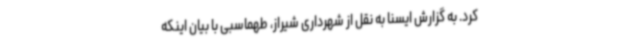
کرد. به گزارش ایسنا به نقل از شهرداری شیراز، طهماسبی با بیان اینکه